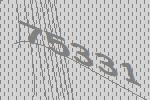
75331